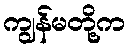
ကျွန်မတို့က